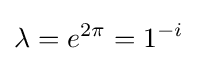
\lambda =e^{2\pi }=1^{-i}